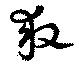
救